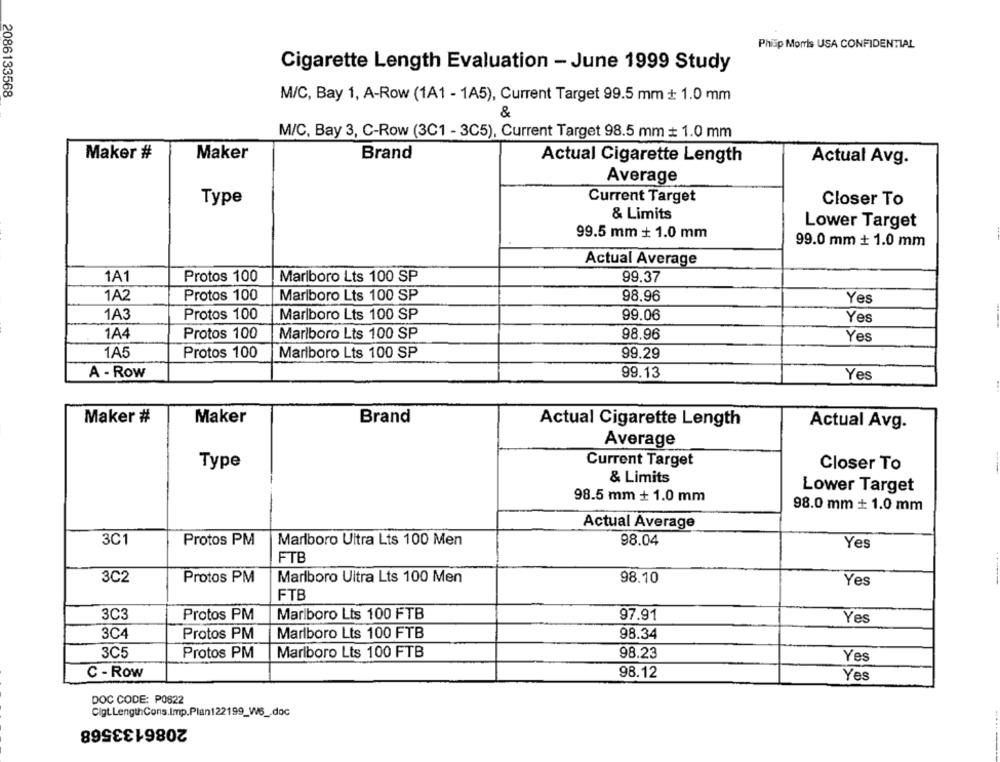
Philip Morris USA CONFIDENTIAL
Cigarette Length Evaluation - June 1999 Study
2086133568
M/C, Bay 1, A-Row (1A1 - 1A5), Current Target 99.5 mm + 1.0 mm
M/C, Bay 3, C-Row (3C1 - 3C5), Current Target 98.5 mm + 1.0 mm
Maker #
Maker
Brand
Actual Cigarette Length
Actual Avg.
Average
Current Target
Type
Closer To
& Limits
Lower Target
99.5 mm + 1.0 mm
99.0 mm + 1.0 mm
Actual Average
1A1
Protos 100
Marlboro Lts 100 SP
99.37
1A2
Protos 100
Marlboro Lts 100 SP
98.96
Yes
1A3
Protos 100
Marlboro Lts 100 SP
99.06
Yes
1A4
Protos 100
Marlboro Lts 100 SP
98.96
Yes
1A5
Protos 100
Marlboro Lts 100 SP
99.29
A - Row
99.13
Yes
Maker #
Maker
Brand
Actual Cigarette Length
Actual Avg.
Average
Type
Current Target
Closer To
& Limits
Lower Target
98.5 mm + 1.0 mm
98.0 mm + 1.0 mm
Actual Average
3C1
Protos PM
Marlboro Ultra Lts 100 Men
98.04
Yes
FTB
3C2
Protos PM
Marlboro Uitra Lts 100 Men
98.10
Yes
FTB
3C3
Protos PM
Marlboro Lts 100 FTB
97.91
Yes
3C4
Protos PM
Marlboro Lts 100 FTB
98.34
3C5
Protos PM
Marlboro Lts 100 FTB
98.23
Yes
C - Row
98.12
Yes
DOC CODE: P0822
Cigt.LengthCons.Imp.Plan122199_W6 _. doc
2086133568